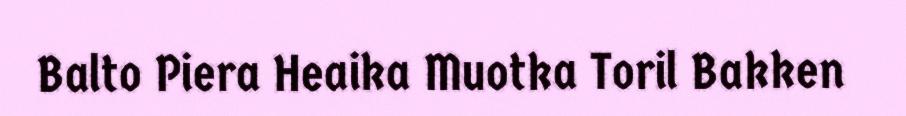
Balto Piera Heaika Muotka Toril Bakken